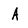
Character: A